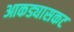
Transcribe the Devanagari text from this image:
आकड्यासकट